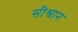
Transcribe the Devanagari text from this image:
सीश्वान